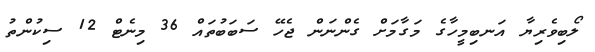
ލޯބިވެރިޔާ އަނބިމީހާގެ މަގާމަށް ގެންނަން ޖެހޭ ސަބަބުތައް 36 މިނެޓް 12 ސިކުންތު